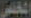
المخلص